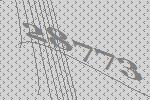
28773